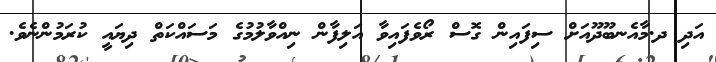
އަދި ދ.މާއެނބޫދޫއަށް ސިފައިން ގޮސް ރޯވެފައިވާ އަލިފާން ނިއްވާލުމުގެ މަސައްކަތް ދިޔައީ ކުރަމުންނެވެ.